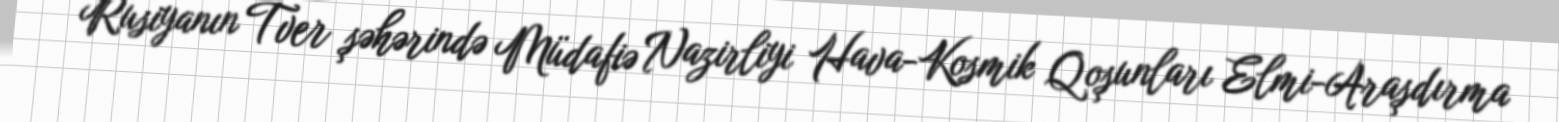
Rusiyanın Tver şəhərində Müdafiə Nazirliyi Hava-Kosmik Qoşunları Elmi-Araşdırma